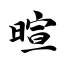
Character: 暄